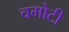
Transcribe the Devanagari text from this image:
चमोटी